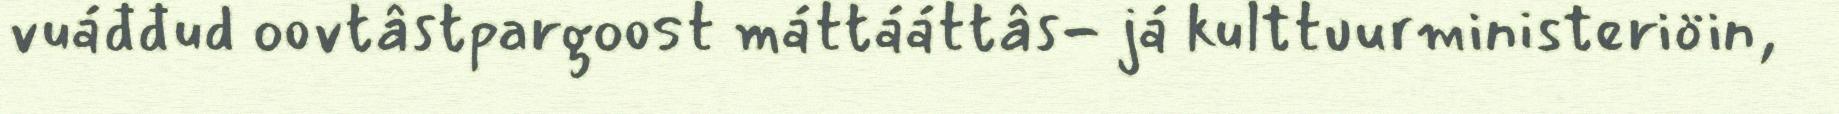
vuáđđud oovtâstpargoost máttááttâs- já kulttuurministeriöin,